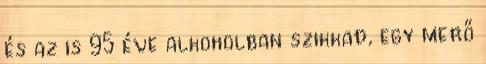
és az is 95 éve alkoholban szikkad, egy merő